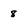
Character: 8